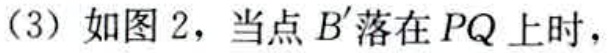
（3）如图2，当点 \(B'\) 落在 \(PQ\) 上时，